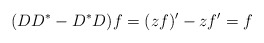
\begin{align*}(DD^*-D^*D)f=(zf)'-zf'=f\end{align*}